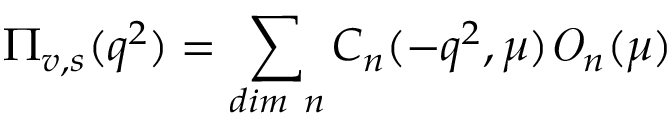
\Pi _ { v , s } ( q ^ { 2 } ) = \sum _ { d i m ~ n } C _ { n } ( - q ^ { 2 } , \mu ) { \it O } _ { n } ( \mu )